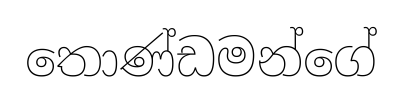
තොණ්ඩමන්ගේ